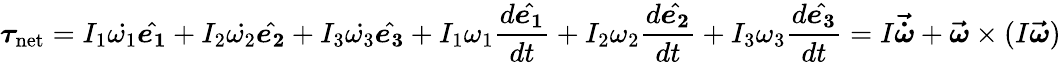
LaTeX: {\boldsymbol{\tau}}_{\mathrm{net}}=I_{1}{\dot{\omega_{1}}}{\hat{\boldsymbol{e_{1}}}}+I_{2}{\dot{\omega_{2}}}{\hat{\boldsymbol{e_{2}}}}+I_{3}{\dot{\omega_{3}}}{\hat{\boldsymbol{e_{3}}}}+I_{1}\omega_{1}{\frac{d{\hat{\boldsymbol{e_{1}}}}}{dt}}+I_{2}\omega_{2}{\frac{d{\hat{\boldsymbol{e_{2}}}}}{dt}}+I_{3}\omega_{3}{\frac{d{\hat{\boldsymbol{e_{3}}}}}{dt}}=I{\boldsymbol{\vec{\dot{\omega}}}}+{\boldsymbol{\vec{\omega}}}\times(I{\boldsymbol{\vec{\omega}}})